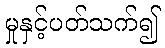
မှုနှင့်ပတ်သက်၍